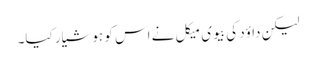
لیکن داؤد کی بیوی میکل نے اس کو ہوشیار کیا۔